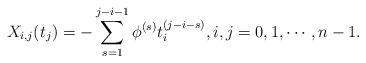
LaTeX: \begin{align*} X_{i,j}(t_j)=-\sum\limits_{s=1}^{j-i-1}\phi^{(s)} t^{(j-i-s)}_i, i,j=0,1,\cdots,n-1.\end{align*}